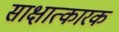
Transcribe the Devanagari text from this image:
साक्षात्कारक